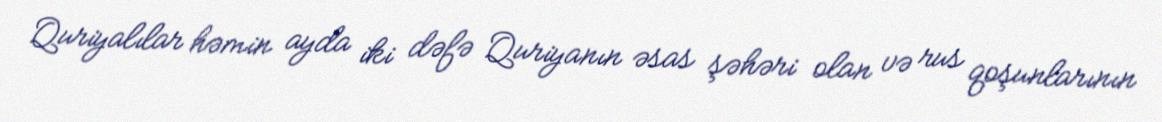
Quriyalılar həmin ayda iki dəfə Quriyanın əsas şəhəri olan və rus qoşunlarının